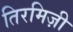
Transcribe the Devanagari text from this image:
तिरमिज़ी